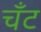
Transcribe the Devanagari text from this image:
चँट